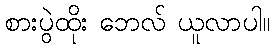
စားပွဲထိုး ဘေလ် ယူလာပါ။